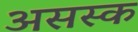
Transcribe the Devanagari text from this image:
असस्क